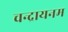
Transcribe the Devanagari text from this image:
चन्द्रायनम